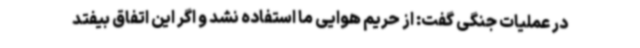
در عملیات جنگی گفت: از حریم هوایی ما استفاده نشد و اگر این اتفاق بیفتد